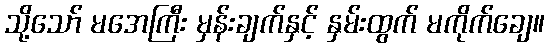
သို့သော် မအေကြီး မှန်းချက်နှင့် နှမ်းထွက် မကိုက်ချေ။